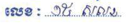
លេខៈ ១៥ សកខ